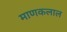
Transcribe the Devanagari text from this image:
माणकलाल